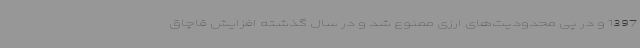
1397 و در پی محدودیت‌های ارزی ممنوع شد و در سال گذشته افزایش قاچاق